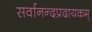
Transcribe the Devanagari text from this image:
सर्वानन्दप्रदायकम्